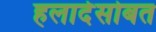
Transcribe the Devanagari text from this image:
हलार्दसोबत